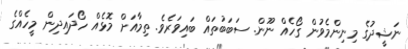
ނަޝީދުގެ މިނިންމެވުން ގޯހެއް ނޫން. ސަބަބުތައް ބައިވަރެވެ. ތިމާއަށް މޮޅެއް ހޯދައިދިން މީހެއްގެ